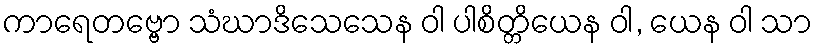
ကာရေတဗ္ဗော သံဃာဒိသေသေန ဝါ ပါစိတ္တိယေန ဝါ, ယေန ဝါ သာ